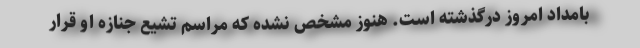
بامداد امروز درگذشته است. هنوز مشخص نشده که مراسم تشیع جنازه او قرار